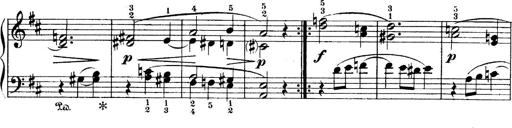
Title: 4 Sonatines
Composer: Max Reger